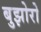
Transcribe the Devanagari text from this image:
बुझोरो